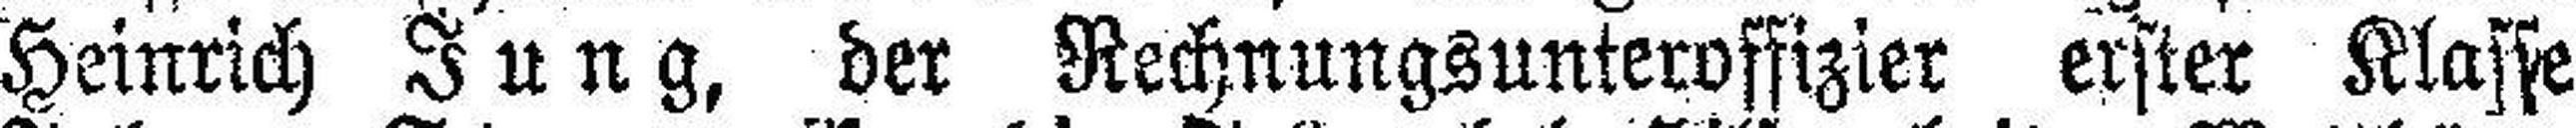
Heinrich Jung, der Rechnungsunteroffizier erster Klasse